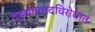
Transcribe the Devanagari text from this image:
दहशतवादविरोधात